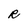
Character: R